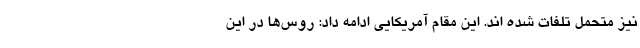
نیز متحمل تلفات شده اند. این مقام آمریکایی ادامه داد: روس‌ها در این